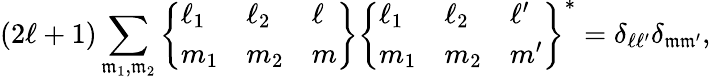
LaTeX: (2\ell+1)\sum_{\mathfrak{m}_{1},\mathfrak{m}_{2}}\left\{ \begin{array}{lll}{\ell_{1}}&{\ell_{2}}&{\ell}\\ {m_{1}}&{m_{2}}&{m}\end{array}\right\} \left\{ \begin{array}{lll}{\ell_{1}}&{\ell_{2}}&{\ell^{\prime}}\\ {m_{1}}&{m_{2}}&{m^{\prime}}\end{array}\right\} ^{\ast}=\delta_{\ell\ell^{\prime}}\delta_{\mathfrak{m}\mathfrak{m}^{\prime}},